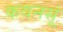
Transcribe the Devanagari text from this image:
कवनसूं